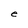
Character: e